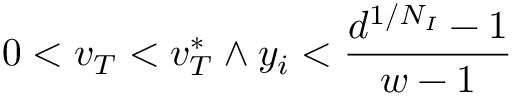
0 < v _ { T } < v _ { T } ^ { * } \land y _ { i } < \frac { d ^ { 1 / N _ { I } } - 1 } { w - 1 }